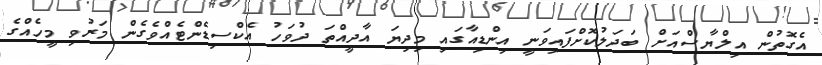
އެގޮތުން އިލްޔާސްއަށް ބަދަލުކޮށްފައިވަނީ އިންޑިއާގައި މިދިޔަ އާދީއްތަ ދުވަހު އެކްސިޑެންޓެއްވެގެން މަރުވި މީހެއްގެ